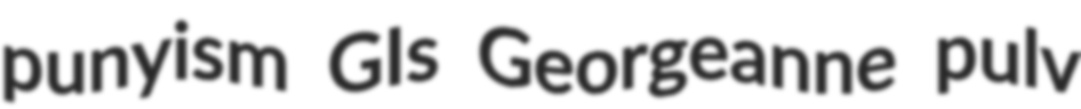
punyism GIs Georgeanne pulv